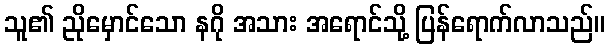
သူ၏ ညိုမှောင်သော နဂို အသား အရောင်သို့ ပြန်ရောက်လာသည်။